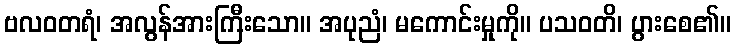
ဗလဝတရံ၊ အလွန်အားကြီးသော။ အပုညံ၊ မကောင်းမှုကို။ ပသဝတိ၊ ပွားစေ၏။